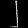
Digit: ၂